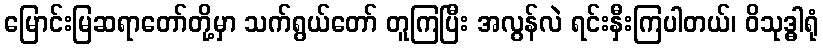
မြောင်းမြဆရာတော်တို့မှာ သက်ရွယ်တော် တူကြပြီး အလွန်လဲ ရင်းနှီးကြပါတယ်၊ ဝိသုဒ္ဓါရုံ